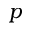
p